Vaccination returns of the Province of Eastern Bengal and Assam - 1905-1912
Year: 1905
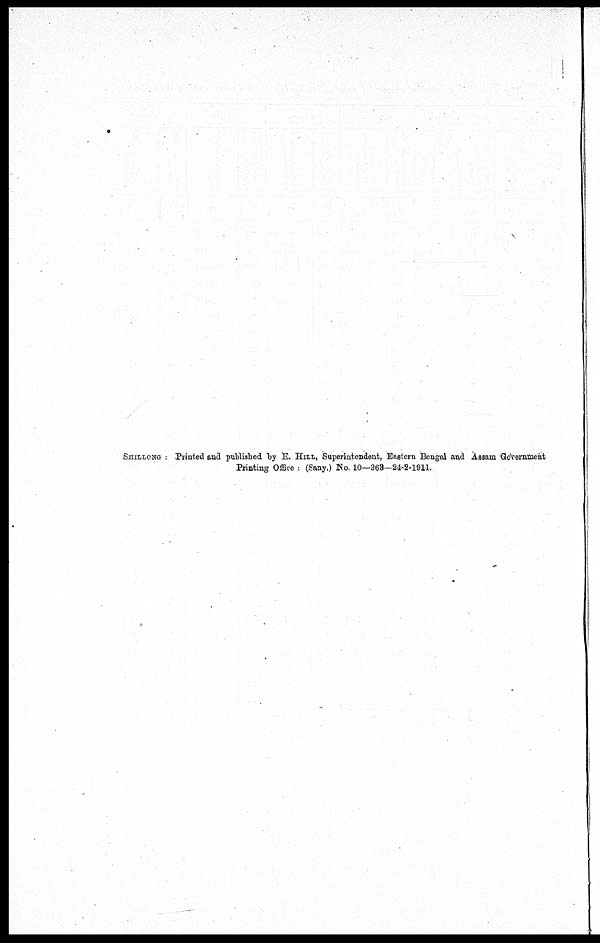
SHILLONG : Printed and published by E. HILL, Superintendent, Eastern Bengal and Assam Government
Printing Office : (Sany.) No. 10—363—24-2-191-1.